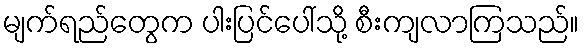
မျက်ရည်တွေက ပါးပြင်ပေါ်သို့ စီးကျလာကြသည်။